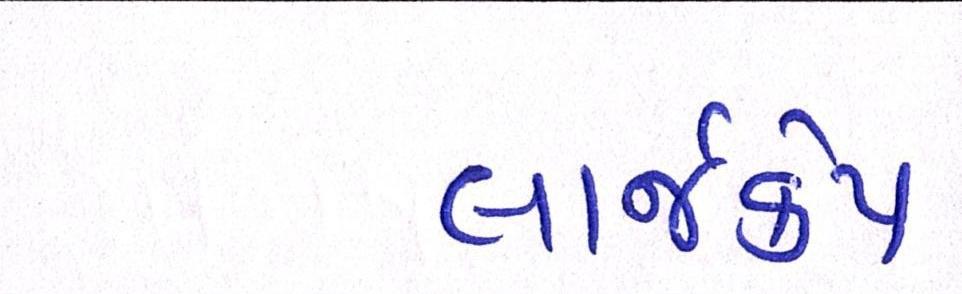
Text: લાર્જકેપ